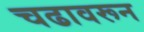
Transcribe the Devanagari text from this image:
चढावरून